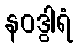
နဝဒွါရံ